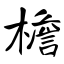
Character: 檐